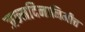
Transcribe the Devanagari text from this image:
जन्मदिनानिमीत्त